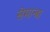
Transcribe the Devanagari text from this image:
सेमान्त्रा